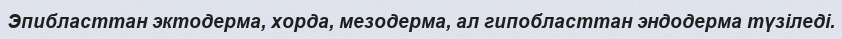
Эпибласттан эктодерма, хорда, мезодерма, ал гипобласттан эндодерма түзіледі.